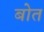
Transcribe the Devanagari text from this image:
बोत